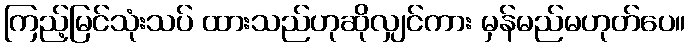
ကြည့်မြင်သုံးသပ် ထားသည်ဟုဆိုလျှင်ကား မှန်မည်မဟုတ်ပေ။